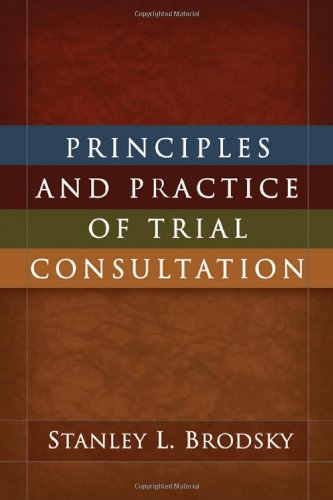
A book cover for Principles and Practice of Trial Consultation; Stanley L. Brodsky PhD; Law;